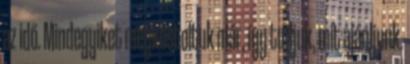
az idő. Mindegyiket megkóstoltuk már, így tudjuk, mit ajánljunk.